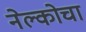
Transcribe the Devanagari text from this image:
नेल्कोचा